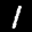
Label: 1